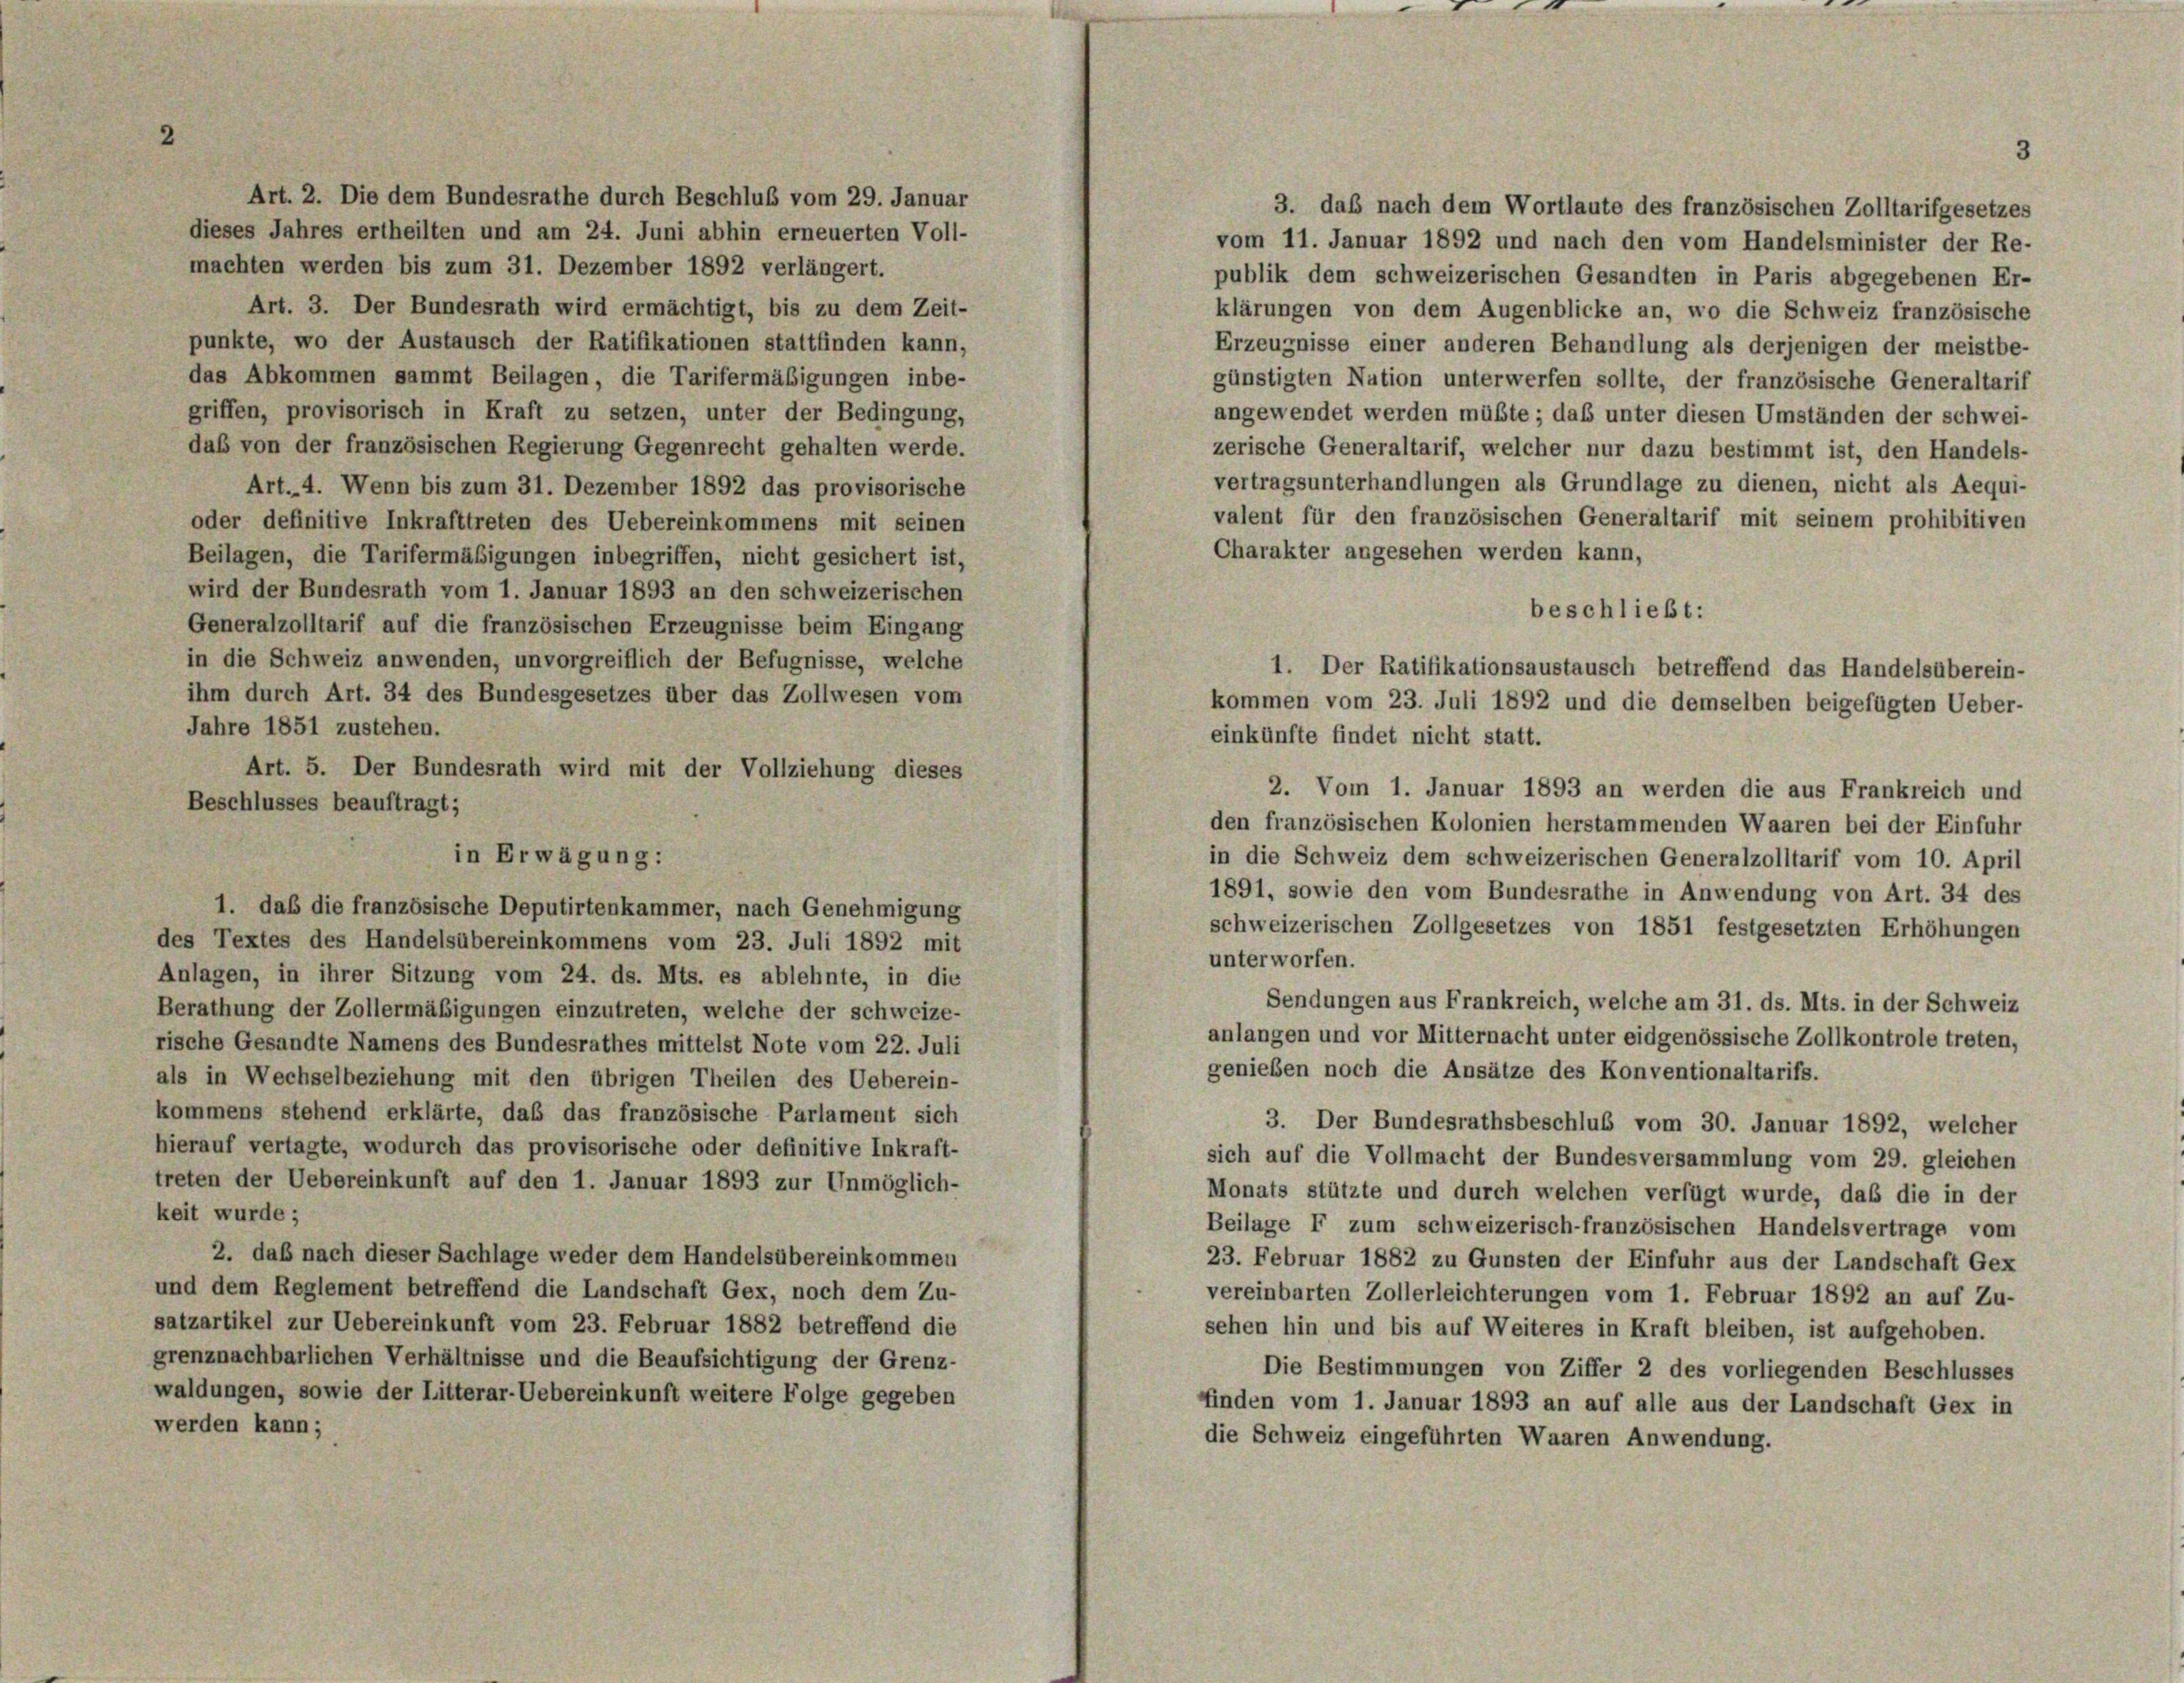
Art. 2. Die dem Bundesrathe durch Beschluß vom 29. Januar
dieses Jahres ertheilten und am 24. Juni abhin erneuerten Voll-
machten werden bis zum 31. Dezember 1892 verlängert.
Art. 3. Der Bundesrath wird ermächtigt, bis zu dem Zeit-
punkte, wo der Austausch der Ratifikationen stattfinden kann,
das Abkommen sammt Beilagen, die Tarifermäßigungen inbe-
griffen, provisorisch in Kraft zu setzen, unter der Bedingung,
daß von der französischen Regierung Gegenrecht gehalten werde.
Art. 4. Wenn bis zum 31. Dezember 1892 das provisorische
oder definitive Inkrafttreten des Uebereinkommens mit seinen
Charakter angesehen werden kann,
Beilagen, die Tarifermäßigungen inbegriffen, nicht gesichert ist,
wird der Bundesrath vom 1. Januar 1893 an den schweizerischen
beschließt:
Generalzolltarif auf die französischen Erzeugnisse beim Eingang
in die Schweiz anwenden, unvorgreiflich der Befugnisse, welche
1. Der Ratifikationsaustausch betreffend das Handelsüberein-
ihm durch Art. 34 des Bundesgesetzes über das Zollwesen vom
kommen vom 23. Juli 1892 und die demselben beigefügten Ueber-
Jahre 1851 zustehen.
einkünfte findet nicht statt.
Art. 5. Der Bundesrath wird mit der Vollziehung dieses
2. Vom 1. Januar 1893 an werden die aus Frankreich und
Beschlusses beauftragt;
den französischen Kolonien herstammenden Waaren bei der Einfuhr
in die Schweiz dem schweizerischen Generalzolltarif vom 10. April
1891, sowie den vom Bundesrathe in Anwendung von Art. 34 des
1. daß die französische Deputirtenkammer, nach Genehmigung
schweizerischen Zollgesetzes von 1851 festgesetzten Erhöhungen
des Textes des Handelsübereinkommens vom 23. Juli 1892 mit
unterworfen.
Anlagen, in ihrer Sitzung vom 24. ds. Mts. es ablehnte, in die
Sendungen aus Frankreich, welche am 31. ds. Mts. in der Schweiz
Berathung der Zollermäßigungen einzutreten, welche der schweize-
anlangen und vor Mitternacht unter eidgenössische Zollkontrole treten,
rische Gesandte Namens des Bundesrathes mittelst Note vom 22. Juli
genießen noch die Ansätze des Konventionaltarifs.
als in Wechselbeziehung mit den übrigen Theilen des Ueberein-
kommens stehend erklärte, daß das französische Parlament sich
3. Der Bundesrathsbeschluß vom 30. Januar 1892, welcher
hierauf vertagte, wodurch das provisorische oder definitive Inkraft-
sich auf die Vollmacht der Bundesversammlung vom 29. gleichen
treten der Uebereinkunft auf den 1. Januar 1893 zur Unmöglich-
Monats stützte und durch welchen verfügt wurde, daß die in der
keit wurde;
Beilage F zum schweizerisch-französischen Handelsvertrage vom
2. daß nach dieser Sachlage weder dem Handelsübereinkommen
23. Februar 1882 zu Gunsten der Einfuhr aus der Landschaft Gex
und dem Reglement betreffend die Landschaft Gex, noch dem Zu-
vereinbarten Zollerleichterungen vom 1. Februar 1892 an auf Zu-
satzartikel zur Uebereinkunft vom 23. Februar 1882 betreffend die
sehen hin und bis auf Weiteres in Kraft bleiben, ist aufgehoben.
grenznachbarlichen Verhältnisse und die Beaufsichtigung der Grenz-
Die Bestimmungen von Ziffer 2 des vorliegenden Beschlusses
waldungen, sowie der Litterar-Uebereinkunft weitere Folge gegeben
ffinden vom 1. Januar 1893 an auf alle aus der Landschaft Gex in
werden kann;
die Schweiz eingeführten Waaren Anwendung.

in Erwägung:

3

3. daß nach dem Wortlaute des französischen Zolltarifgesetzes
vom 11. Januar 1892 und nach den vom Handelsminister der Re-
publik dem schweizerischen Gesandten in Paris abgegebenen Er-
klärungen von dem Augenblicke an, wo die Schweiz französische
Erzeugnisse einer anderen Behandlung als derjenigen der meistbe-
günstigten Nation unterwerfen sollte, der französische Generaltarif
angewendet werden müßte; daß unter diesen Umständen der schwei-
zerische Generaltarif, welcher nur dazu bestimmt ist, den Handels-
vertragsunterhandlungen als Grundlage zu dienen, nicht als Aequi-
valent für den französischen Generaltarif mit seinem prohibitiven